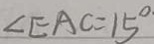
\angle E A C = 1 5 ^ { \circ }